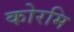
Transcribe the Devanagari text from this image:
कोरमि